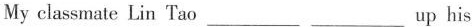
My classmate Lin Tao ___ ___ up his